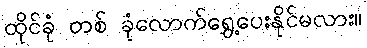
ထိုင်ခုံ တစ် ခုံလောက်ရွှေ့ပေးနိုင်မလား။